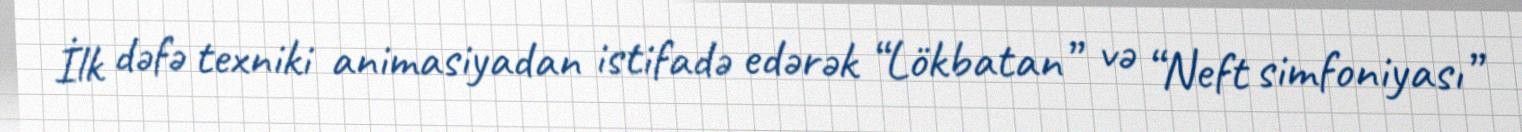
İlk dəfə texniki animasiyadan istifadə edərək “Lökbatan” və “Neft simfoniyası”